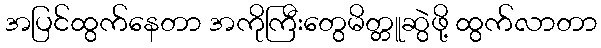
အပြင်ထွက်နေတာ အကိုကြီးတွေမိတ္တူဆွဲဖို့ ထွက်လာတာ